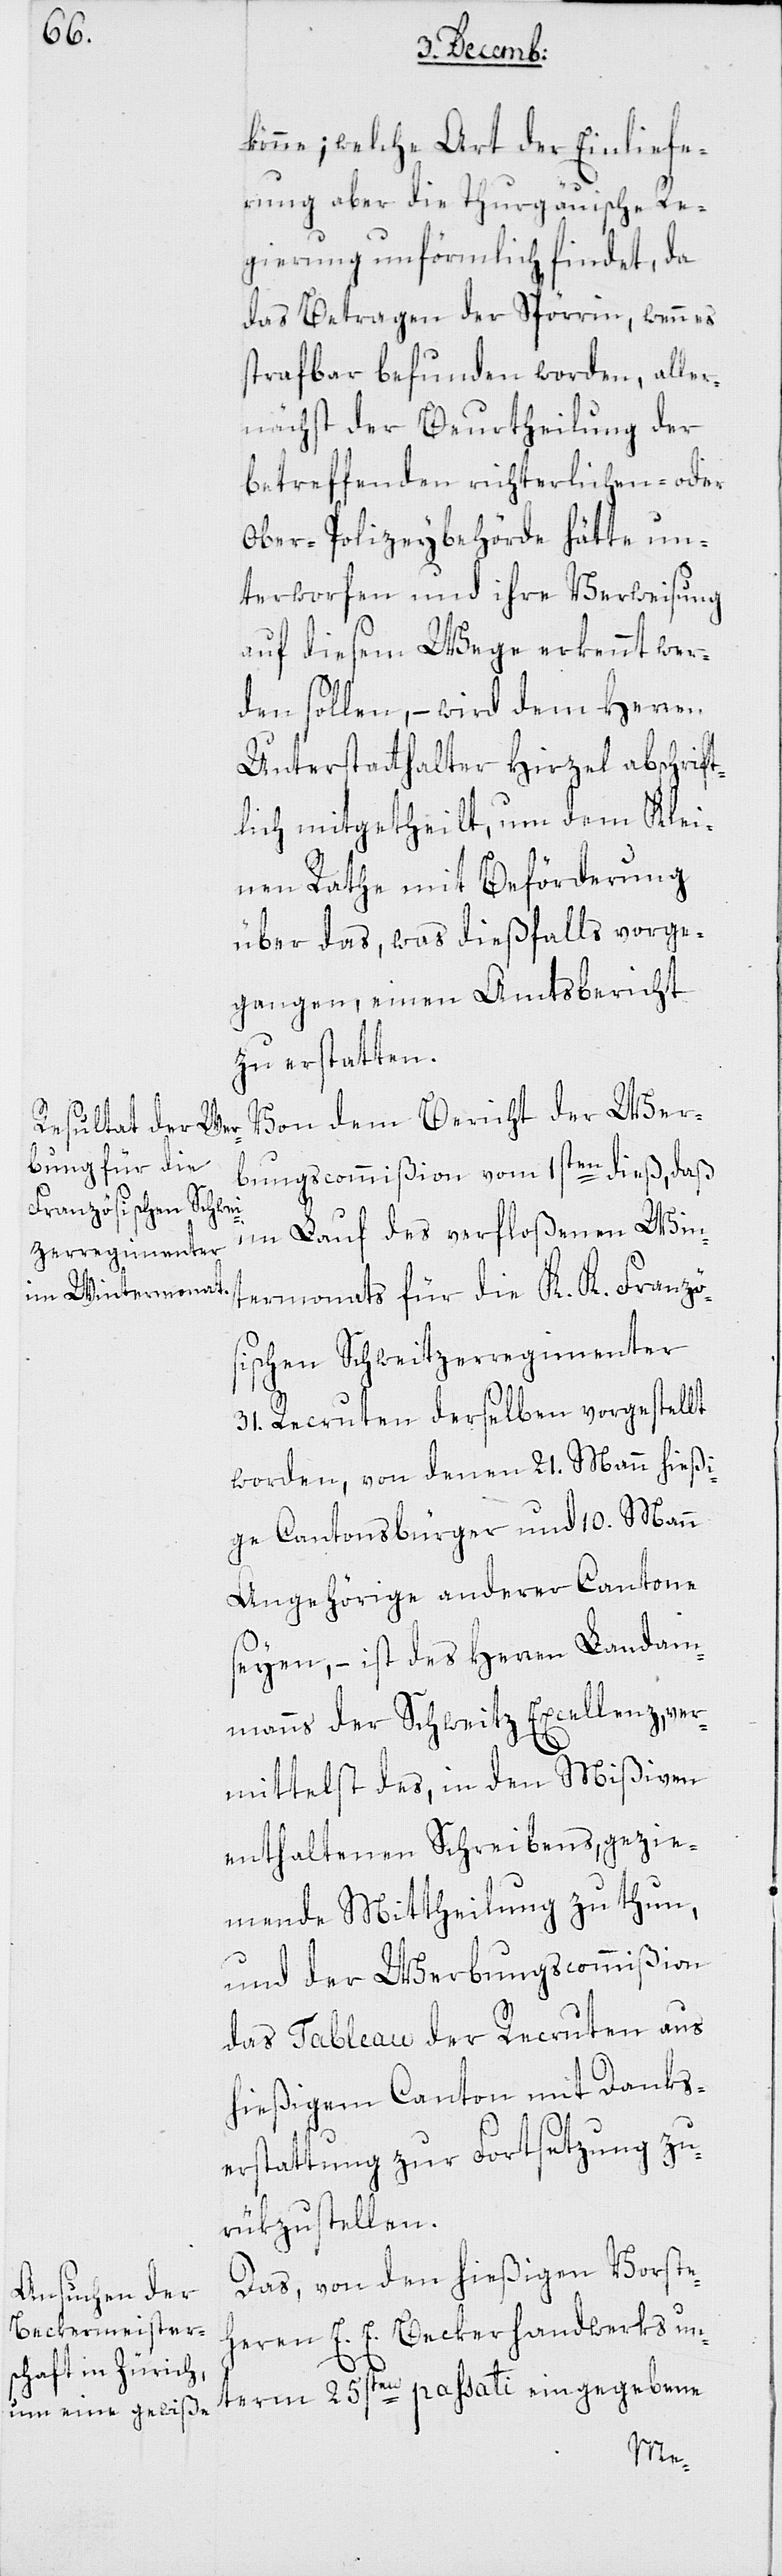
könne; welche Art der Einliefe¬
rung aber die Thurgäuische Re¬
gierung unförmlich findet, da
das Betragen der Spörrin, wenn es
strafbar befunden worden, aller¬
nächst der Beurtheilung der
betreffenden richterlichen- oder
Ober-Polizeybehörde hätte un¬
terworfen und ihre Verweisung
auf diesem Wege erkennt wer¬
den sollen, – wird dem Herren
Unterstatthalter Hirzel abschrift¬
lich mitgetheilt, um dem Klei¬
nen Rathe mit Beförderung
über das, was dießfalls vorge¬
gangen, einen Amtsbericht
zu erstatten.
Von dem Bericht der Wer¬
bungscommißion vom 1sten dieß, daß
im Lauf des verfloßenen Win¬
termonats für die K. K. Rranzö¬
sischen Schweitzerregimenter
31. Recruten derselben vorgestellt
worden, von denen 21. Mann hießi¬
ge Cantonsbürger und 10. Mann
Angehörige anderer Cantone
seyen, – ist des Herren Landam¬
manns der Schweitz Excellenz, ver¬
mittelst des in den Mißiven
enthaltenen Schreibens, gezie¬
mende Mittheilung zu thun,
und der Werbungscommißion
das Tableau der Recruten aus
hießigem Canton mit Danks¬
erstattung zur Fortsetzung zu¬
rükzustellen.
Das, von den hießigen Vorste¬
heren E. E. Beckerhandwerks un¬
term 25sten passati eingegebene